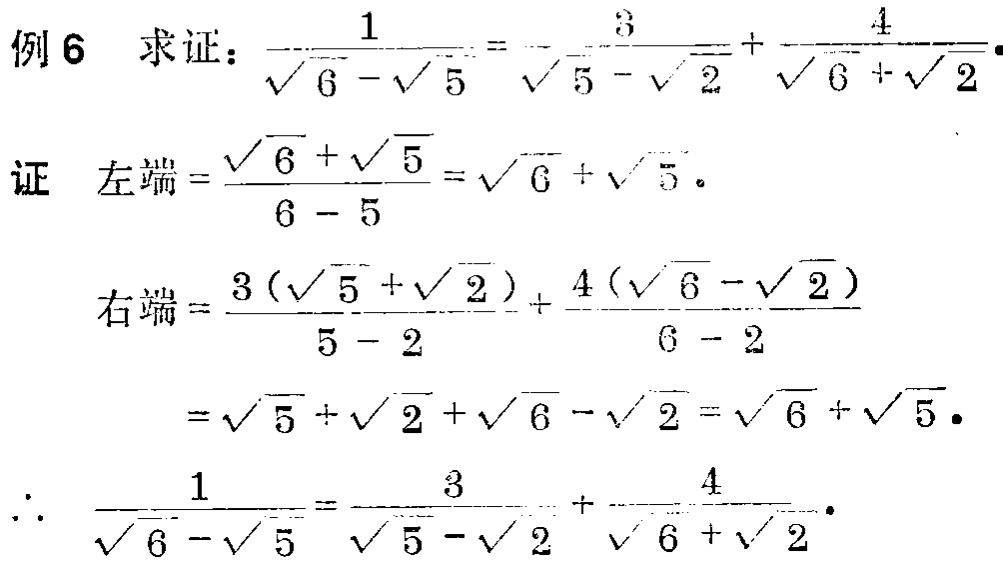
例6 求证：\(\frac{1}{\sqrt{6}-\sqrt{5}}=\frac{3}{\sqrt{5}-\sqrt{2}}+\frac{4}{\sqrt{6}+\sqrt{2}}\)。

证 左端\(=\frac{\sqrt{6}+\sqrt{5}}{6 - 5}=\sqrt{6}+\sqrt{5}\)。

右端\(=\frac{3(\sqrt{5}+\sqrt{2})}{5 - 2}+\frac{4(\sqrt{6}-\sqrt{2})}{6 - 2}\)

\(=\sqrt{5}+\sqrt{2}+\sqrt{6}-\sqrt{2}=\sqrt{6}+\sqrt{5}\)。

\(\therefore\) \(\frac{1}{\sqrt{6}-\sqrt{5}}=\frac{3}{\sqrt{5}-\sqrt{2}}+\frac{4}{\sqrt{6}+\sqrt{2}}\)。